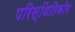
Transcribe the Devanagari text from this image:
परिस्थितिकीय